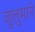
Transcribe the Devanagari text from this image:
जुलुमाने